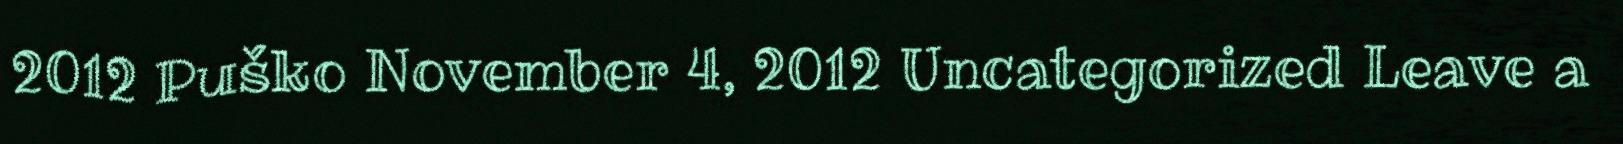
2012 Puško November 4, 2012 Uncategorized Leave a